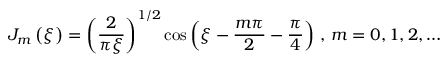
J _ { m } \left( \xi \right) = \left( \frac { 2 } { \pi \xi } \right) ^ { 1 / 2 } \cos { \left( \xi - \frac { m \pi } { 2 } - \frac { \pi } { 4 } \right) } \mathrm { ~ , ~ } m = 0 , 1 , 2 , \dots